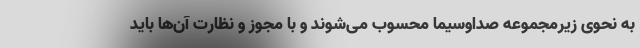
به نحوی زیرمجموعه صداوسیما محسوب می‌شوند و با مجوز و نظارت آن‌ها باید